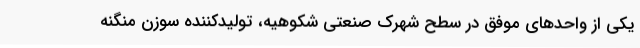
یکی از واحدهای موفق در سطح شهرک صنعتی شکوهیه، تولیدکننده سوزن منگنه